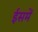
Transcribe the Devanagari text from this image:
ईसमें